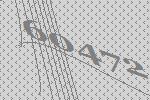
60472